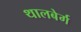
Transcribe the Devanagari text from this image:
थालबेर्ग